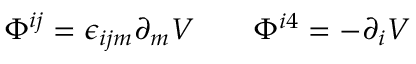
\Phi ^ { i j } = \epsilon _ { i j m } \partial _ { m } { \cal V } \qquad \Phi ^ { i 4 } = - \partial _ { i } { \cal V }